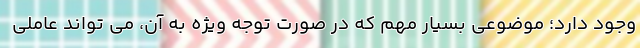
وجود دارد؛ موضوعی بسیار مهم که در صورت توجه ویژه به آن، می تواند عاملی